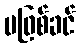
မဖြစ်ခင်